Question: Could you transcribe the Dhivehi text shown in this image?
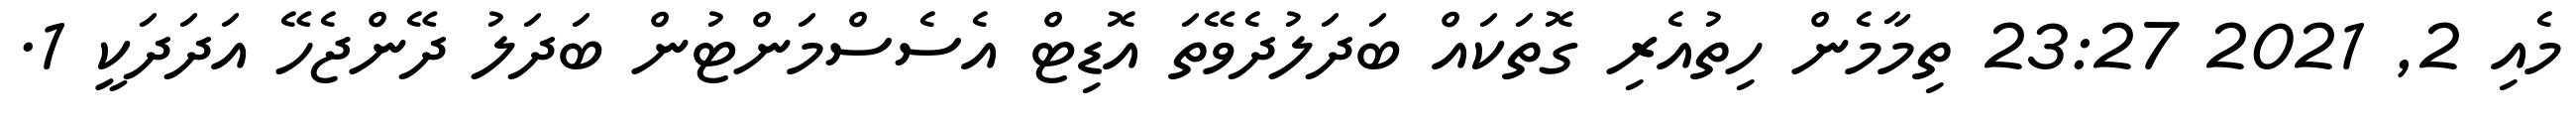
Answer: މެއި 2, 2021 23:27 ތިމާމެން ހިތުއެރި ގޮތަކައް ބަދަލުދެވޭތަ އޮޑިޓް އެސެސްމަންޓުން ބަދަލު ދޭންޖެހޭ އަދަދަކީ 1.